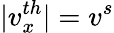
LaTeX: |v_{x}^{th}|=v^{s}